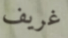
غريف